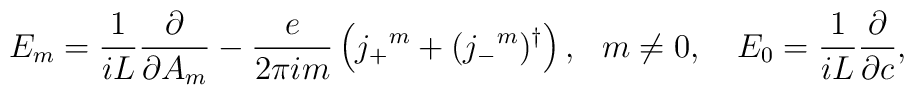
E_m=\frac{1}{i L}\frac{\partial}{\partial A_m}  - \frac{e}{2 \pi  i m}  \left( j_+{}^m + (j_-{}^m)^\dagger \right),\ \ m\neq 0, \quad E_0=  \frac{1}{i L} \frac{\partial}{\partial c },